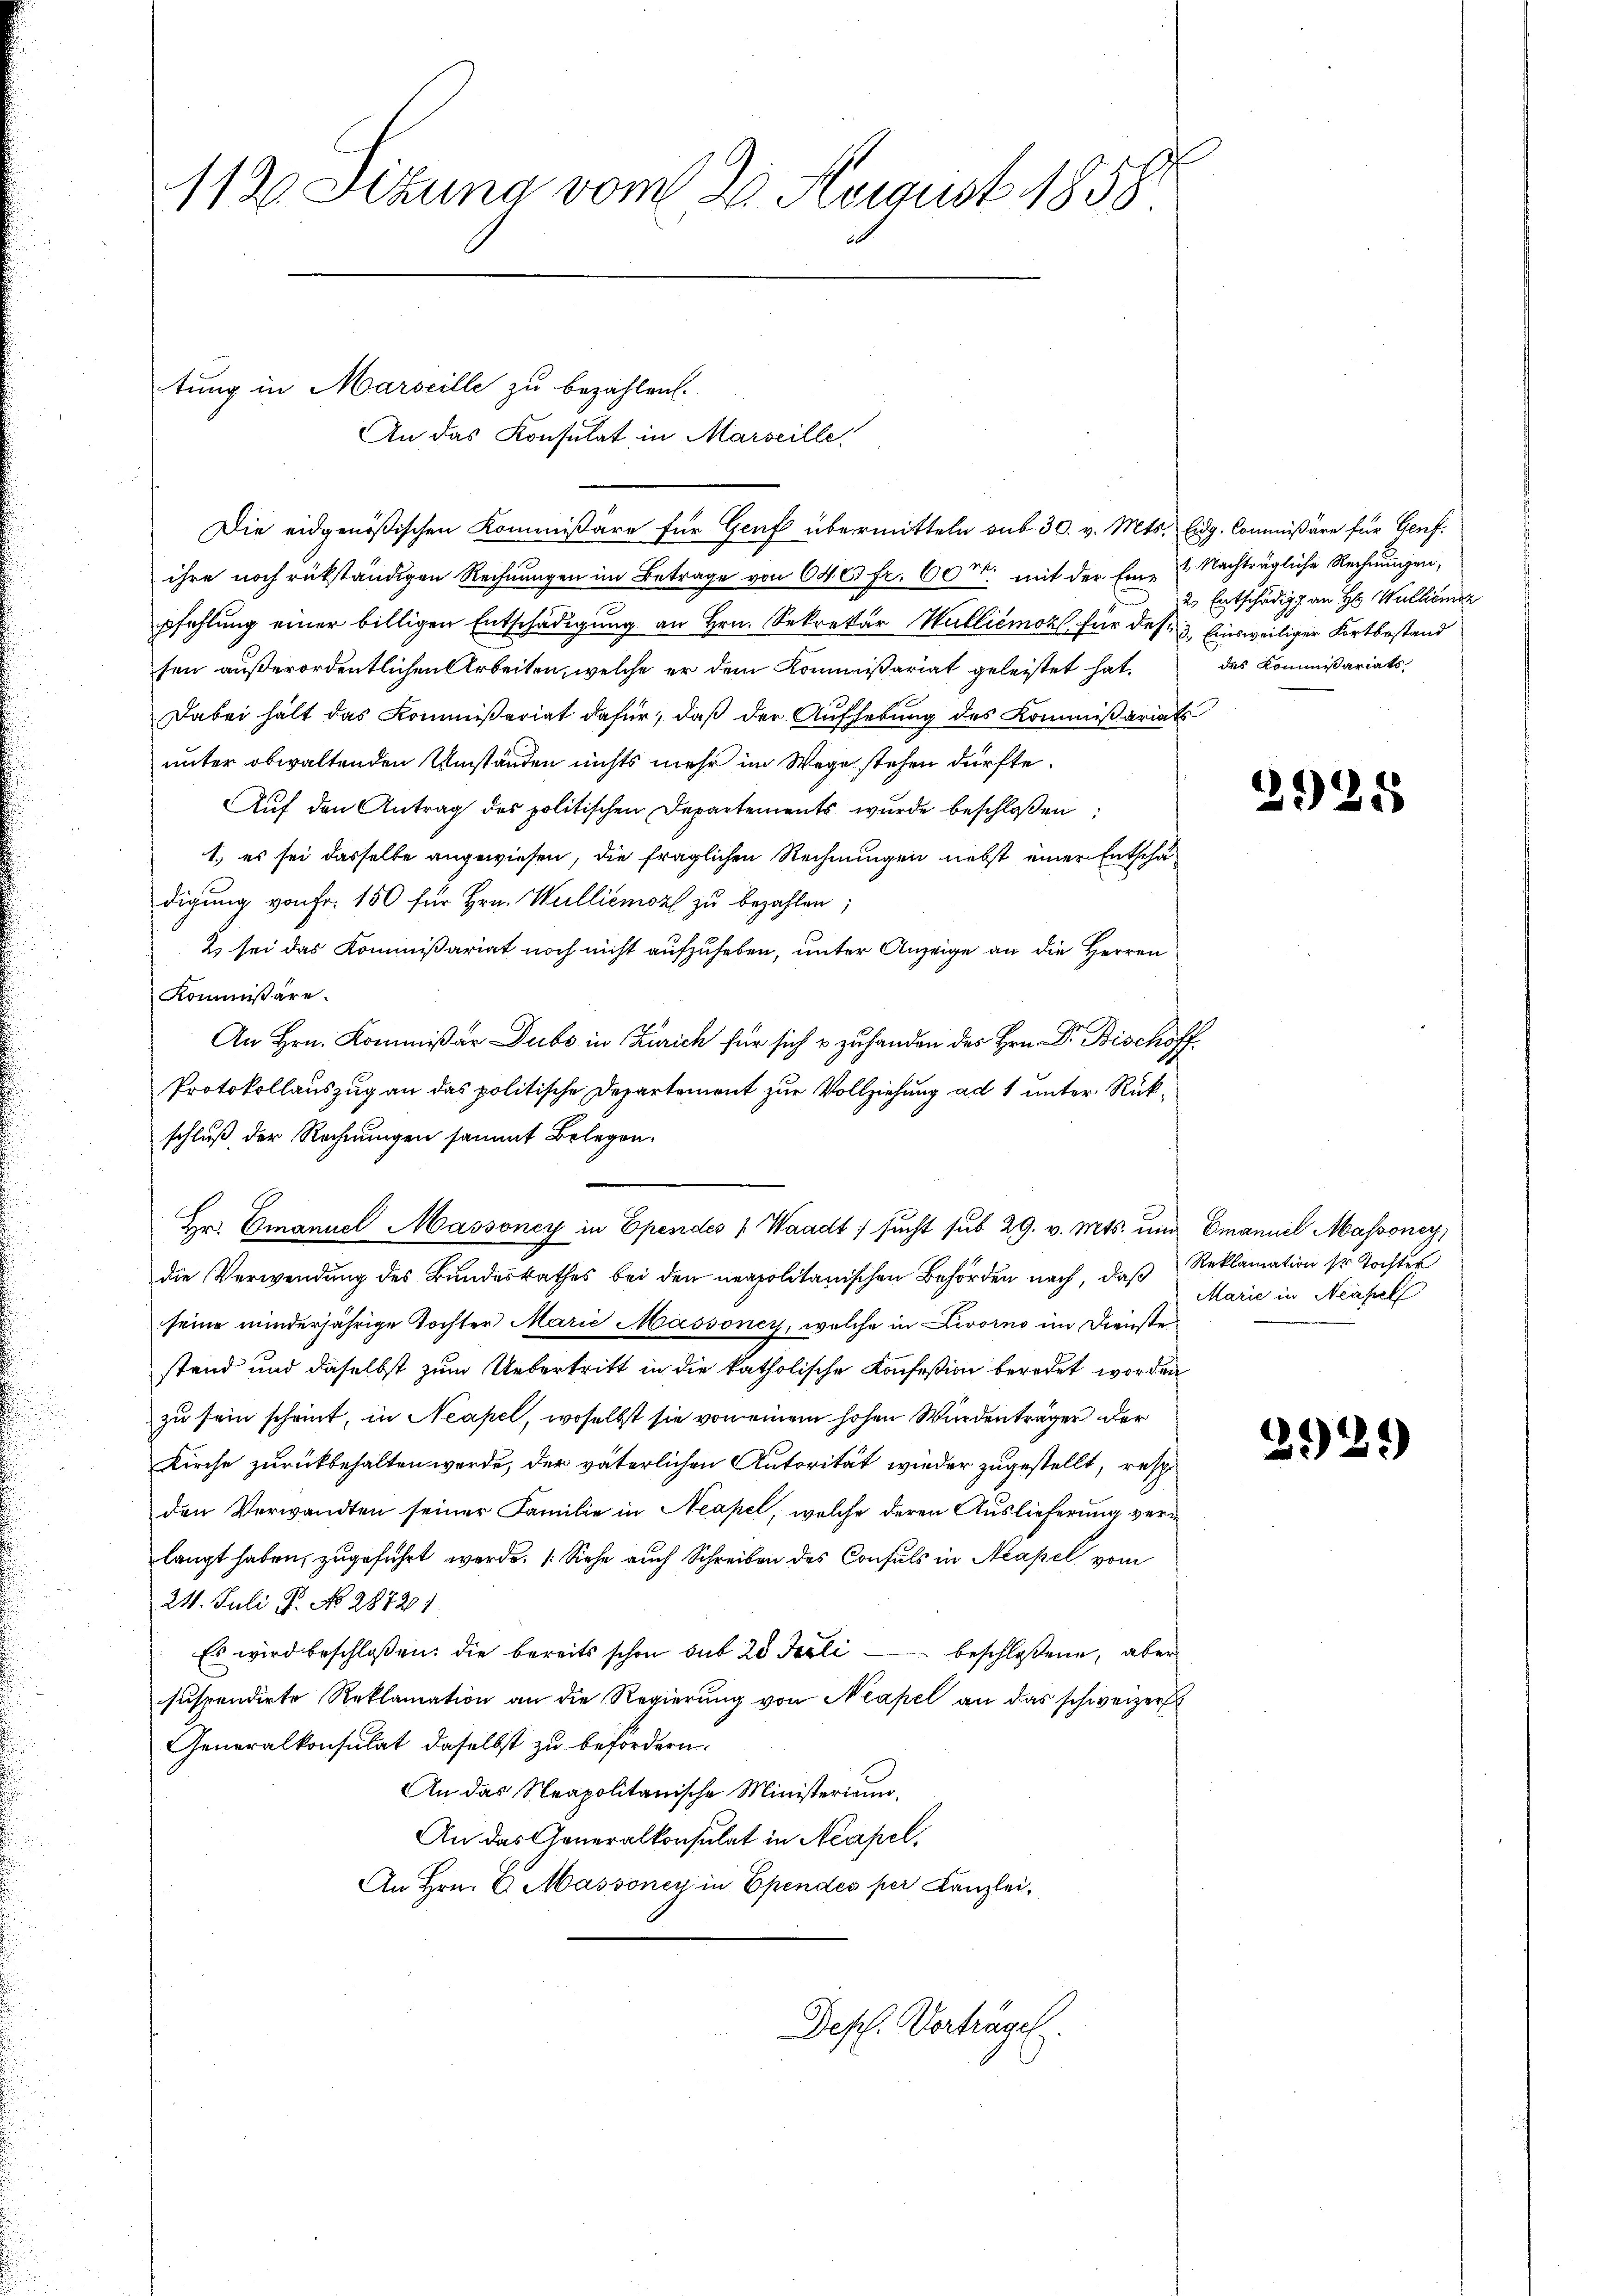
1130 Sizung vom 2. August 1858

An das Konsulat in Marseille

tung in Marseille zu bezahlen.

Die eidgenößischen Kommißäre für Genf übermitteln aus 30. v. Mts. Eidg. Commißäre für Genf.
ihre noch rükständigen Rechnungen im Betrage von 640 fr. 60t. mit der Ein- & Nachträgliche Rechnungen,
pfehlung einer billigen Entschädigung an Hrn. Sekretär Walliémor für des 3. Einsweiliger Fortbestand
sen außerordentlichen Arbeiten, welche er dem Kommißariat geleistet hat.
Dabei hält das Kommißariat dafür, daß der Aufhebung des Kommißariats
unter obwaltenden Umständen nichts mehr im Wege stehen dürfte.
Auf den Antrag des politischen Departements wurde beschloßen:
1.) es sei dasselbe angewiesen, die fraglichen Rechnungen nebst einer Entschädigung von Fr. 150 für Hrn. Wulliemort zu bezahlen;
2 sei das Kommißariat noch nicht aufzuheben, unter Anzeige an die Herren
Kommißäre.
An Hrn. Kommißär Dubo in Zürich für sich & zu handen des Hrn. Dr. Bischöff¬
Protokollauszug an das politische Departement zur Vollziehung ad 1 unter Rükschluß der Rechnungen sammt Belegen.
die Verwendung des Bundesrathes bei den neapolitanischen Behörden nach, daß
seine minderjährige Tochter Marie Massoney, welche in Livorno im Dienste
stand und daselbst zum Uebertritt in die katholische Konfeßion beredet worden
zu sein scheint, in Neapel, woselbst sie von einem hohen Würdenträger der
Kirche zurückbehalten werde, der väterlichen Autorität wieder zugestellt, resp.
den Verwandten seiner Familie in Neapel, welche deren Auslieferung verlangt haben, zugeführt werde. (Siehe auch Schreiben des Consuls in Neapel vom
24. Juli P. No. 28721.
Es wird beschloßen: die bereits schon sub 20 Feli beschloßene, aber
suspendirte Reklamation an die Regierung von Neapel an das schweizer
Generalkonsulat daselbst zu befördern.
An das Neapolitanische Ministerium.
An das Generalkonsulat in Neapel,
An Hrn. E. Massoney in Ependes per Kanzlei¬
Defl. Verträgel

Hr. Gmanuel Massoney in Ependes Waadt sucht sub 29. v. Mts. und Emanuel Massoney,

us Entschädig an H. Wulliener
des Kommissariats

3925

Reklamation sr Tochter
Marie in Neapel

21)

)